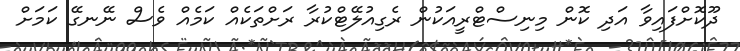
ދޫކޮށްފައިވާ އަދި ކޮން މިނިސްޓްރީއަކުން ރެގިއުލޭޓްކުރާ ރަށްތަކެއް ކަމެއް ވެސް ނޭނގޭ ކަމަށް